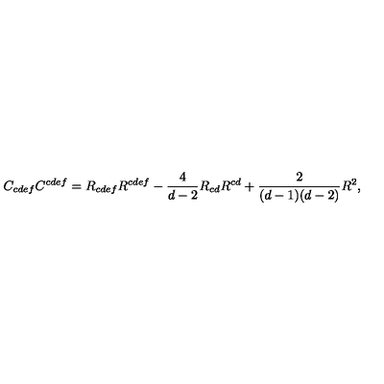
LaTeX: C _ { c d e f } C ^ { c d e f } = R _ { c d e f } R ^ { c d e f } - { \frac { 4 } { d - 2 } } R _ { c d } R ^ { c d } + { \frac { 2 } { ( d - 1 ) ( d - 2 ) } } R ^ { 2 } ,